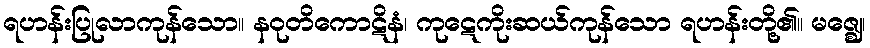
ရဟန်းပြုလာကုန်သော။ နဝုတိကောဋိနံ၊ ကုဋေကိုးဆယ်ကုန်သော ရဟန်းတို့၏။ မဇ္ဈေ၊